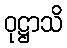
ဝုဋ္ဌာသိ